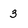
Character: 3